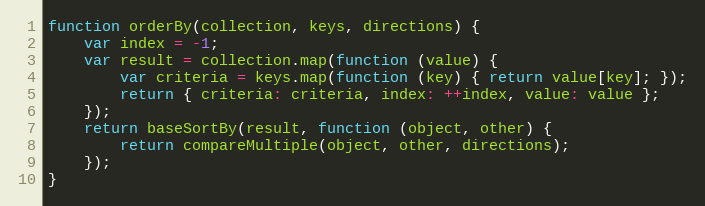
Language: JavaScript
function orderBy(collection, keys, directions) {
    var index = -1;
    var result = collection.map(function (value) {
        var criteria = keys.map(function (key) { return value[key]; });
        return { criteria: criteria, index: ++index, value: value };
    });
    return baseSortBy(result, function (object, other) {
        return compareMultiple(object, other, directions);
    });
}